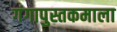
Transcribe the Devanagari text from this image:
गंगापुस्तकमाला